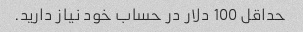
حداقل 100 دلار در حساب خود نیاز دارید.